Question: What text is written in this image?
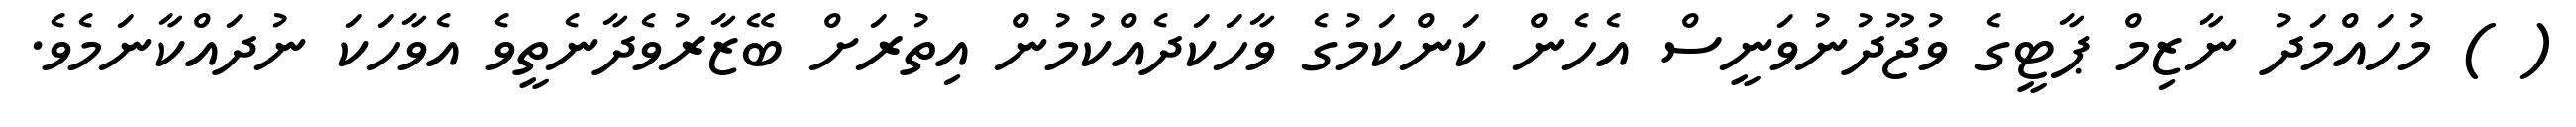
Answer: ( ) މުހައްމަދު ނާޒިމް ޕާޓީގެ ވުޖޫދުނުވަނީސް އެހެން ކަންކަމުގެ ވާހަކަދެއްކުމުން އިތުރަށް ބޭޒާރުވެދާނެތީވެ އެވާހަކަ ނުދައްކާނަމެވެ.